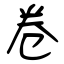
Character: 卷